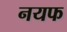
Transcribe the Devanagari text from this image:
नयफ